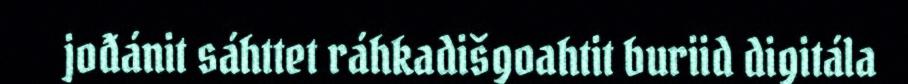
jođánit sáhttet ráhkadišgoahtit buriid digitála